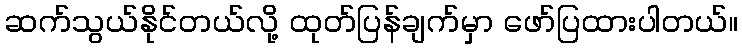
ဆက်သွယ်နိုင်တယ်လို့ ထုတ်ပြန်ချက်မှာ ဖော်ပြထားပါတယ်။